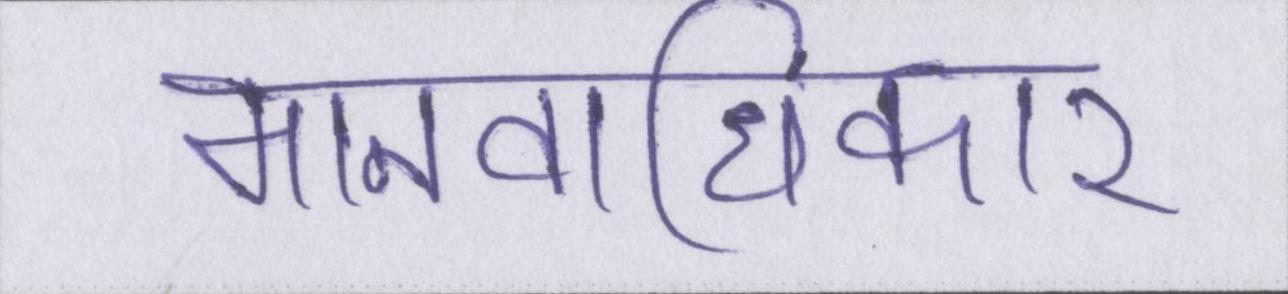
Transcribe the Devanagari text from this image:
मानवाधिकार